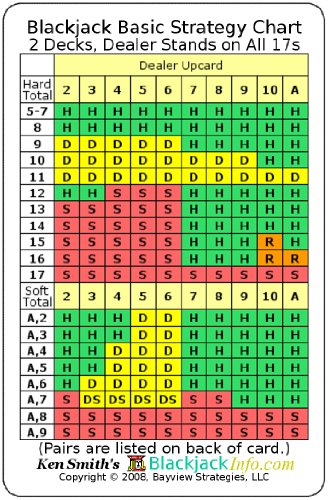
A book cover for Blackjack Basic Strategy Chart: 2 Decks, Dealer Stands on All 17s (2-sided card); Kenneth R Smith; Humor & Entertainment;